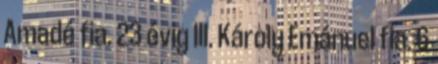
Amadé fia. 23 évig III. Károly Emánuel fia. 6